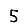
Digit: 5